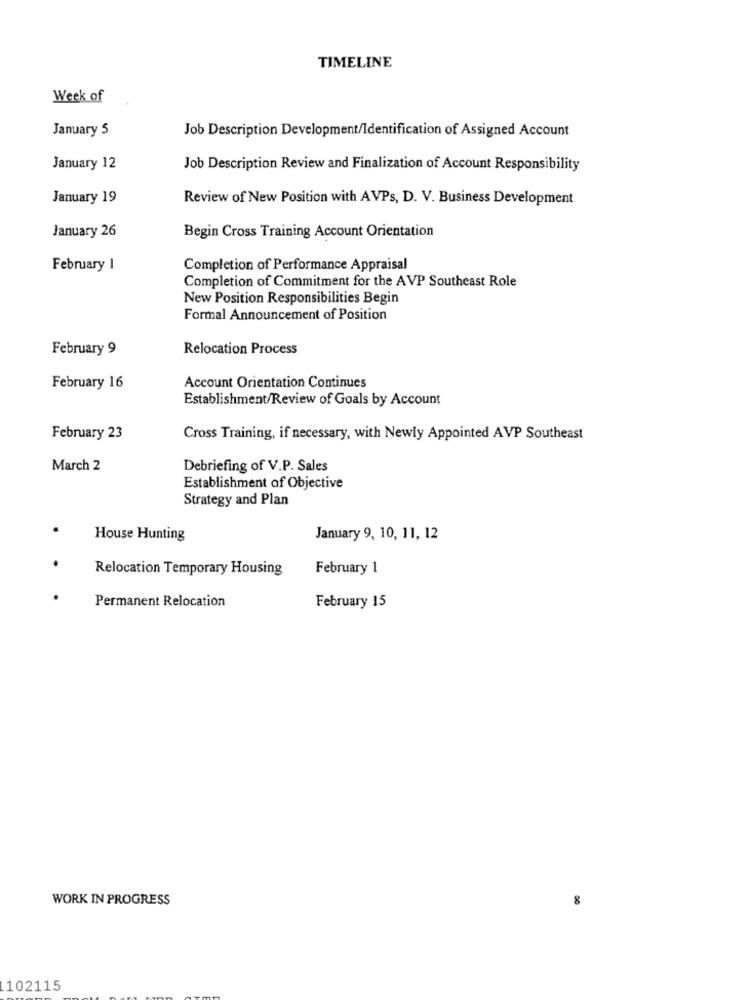
TIMELINE
Week of
January 5
Job Description Development/Identification of Assigned Account
January 12
Job Description Review and Finalization of Account Responsibility
January 19
Review of New Position with AVPs, D. V. Business Development
Begin Cross Training Account Orientation
January 26
February 1
Completion of Performance Appraisal
Completion of Commitment for the AVP Southeast Role
New Position Responsibilities Begin
Formal Announcement of Position
February 9
Relocation Process
February 16
Account Orientation Continues
Establishment/Review of Goals by Account
February 23
Cross Training, if necessary, with Newly Appointed AVP Southeast
March 2
Debriefing of V.P. Sales
Establishment of Objective
Strategy and Plan
House Hunting
January 9, 10, 11, 12
Relocation Temporary Housing
February 1
Permanent Relocation
February 15
WORK IN PROGRESS
8
102115